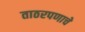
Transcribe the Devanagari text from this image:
ताठरपणाचे